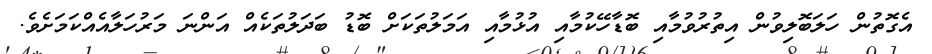
އެގޮތުން ހަލަބޮލިވުން އިތުރުވުމާއި ބޮޑާހޭކުމާއި އުޅުމާއި އަމަލުތަކަށް ބޮޑު ބަދަލުތަކެއް އަންނަ މަރުހަލާއެއްކަމަށެވެ.